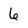
Character: 6